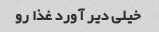
خیلی دیر آورد غذا رو